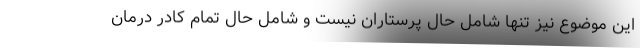
این موضوع نیز تنها شامل حال پرستاران نیست و شامل حال تمام کادر درمان